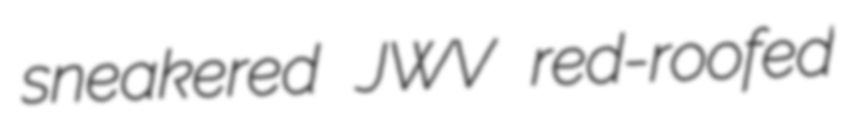
sneakered JWV red-roofed